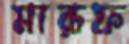
মারূফ